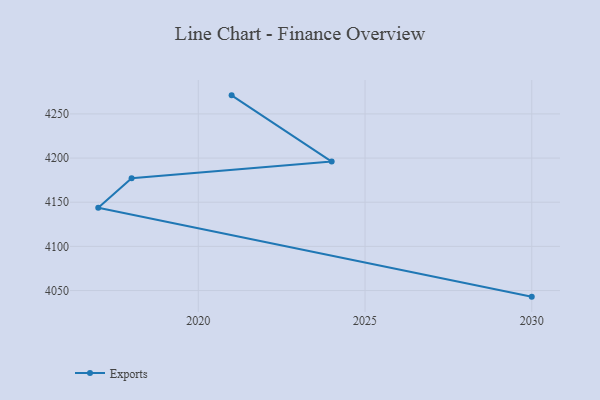
{"axis": {"x": "Year", "y": "Bounce Rate (%)"}, "legend": ["Exports"], "data": [{"x": "2021", "y": 4271.0, "type": "Exports"}, {"x": "2024", "y": 4196.0, "type": "Exports"}, {"x": "2018", "y": 4177.1, "type": "Exports"}, {"x": "2017", "y": 4143.7, "type": "Exports"}, {"x": "2030", "y": 4043.1, "type": "Exports"}]}